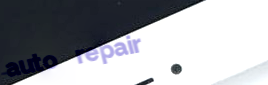
auto repair